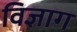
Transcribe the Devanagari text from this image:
विज्ञाग